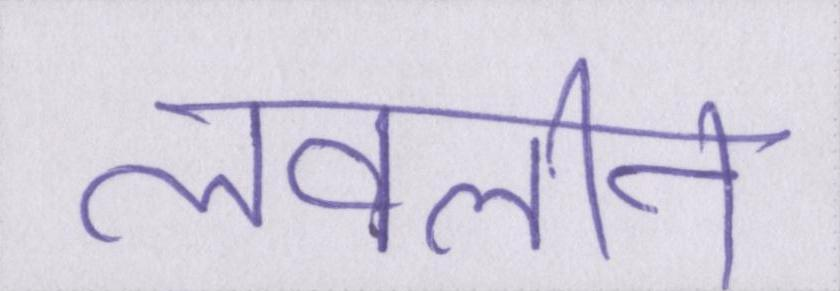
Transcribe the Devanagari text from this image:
लवलीन